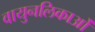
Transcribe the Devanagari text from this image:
वायुनलिकाओं